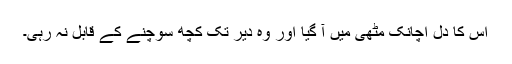
اس کا دل اچانک مٹھی میں آ گیا اور وہ دیر تک کچھ سوچنے کے قابل نہ رہی۔